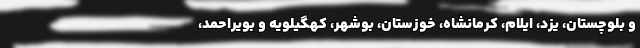
و بلوچستان، یزد، ایلام، کرمانشاه، خوزستان، بوشهر، کهگیلویه و بویراحمد،